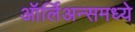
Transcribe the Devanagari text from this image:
ऑर्लिअन्समध्ये